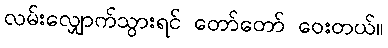
လမ်းလျှောက်သွားရင် တော်တော် ဝေးတယ်။